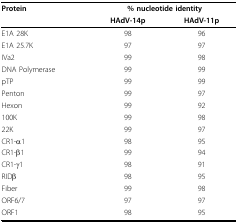
| Protein | <COLSPAN=2> % nucleotide identity |
 |  | HAdV-14p | HAdV-11p |
 | --- | --- | --- |
 | E1A 28K | 98 | 96 |
 | E1A 25.7K | 97 | 97 |
 | IVa2 | 99 | 98 |
 | DNA Polymerase | 99 | 99 |
 | pTP | 99 | 99 |
 | Penton | 99 | 97 |
 | Hexon | 99 | 92 |
 | 100K | 99 | 98 |
 | 22K | 99 | 97 |
 | CR1-α1 | 98 | 95 |
 | CR1-β1 | 99 | 94 |
 | CR1-γ1 | 98 | 91 |
 | RIDβ | 98 | 95 |
 | Fiber | 99 | 98 |
 | ORF6/7 | 97 | 97 |
 | ORF1 | 98 | 95 |